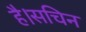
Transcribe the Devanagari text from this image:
है।सचिन